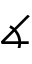
\measuredangle